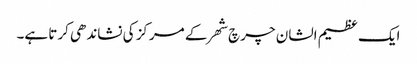
ایک عظیم الشان چرچ شھر کے مرکز کی نشاندھی کرتا ہے۔